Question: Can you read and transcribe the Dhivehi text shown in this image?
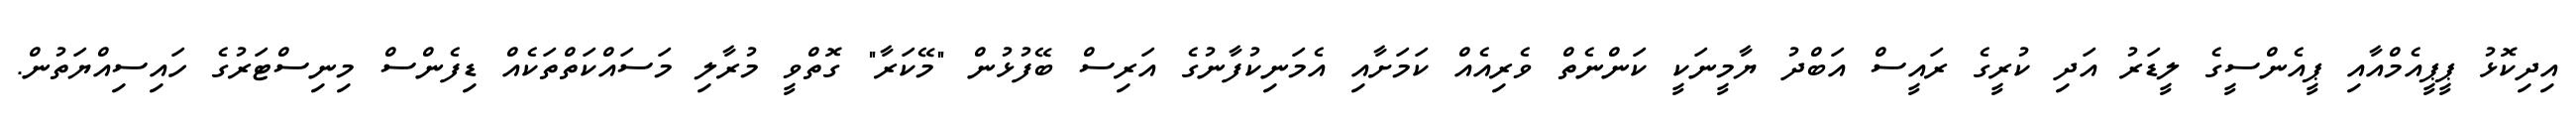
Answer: އިދިކޮޅު ޕީޕީއެމްއާއި ޕީއެންސީގެ ލީޑަރު އަދި ކުރީގެ ރައީސް އަބްދު ޔާމީނަކީ ކަންނެތް ވެރިއެއް ކަމަށާއި އެމަނިކުފާނުގެ އަރިސް ބޭފުޅުން "މޭކަރާ" ގޮތްވީ މުރާލި މަސައްކަތްތަކެއް ޑިފެންސް މިނިސްޓަރުގެ ހައިސިއްޔަތުން.